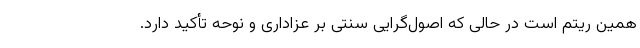
همین ریتم است در حالی که اصول‌گرایی سنتی بر عزاداری و نوحه تأکید دارد.